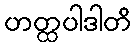
ဟတ္ထပါဒါတိ